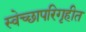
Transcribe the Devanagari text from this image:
स्वेच्छापरिगृहीत